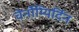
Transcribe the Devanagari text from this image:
चेर्नोम्यिर्दिन